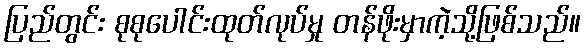
ပြည်တွင်း စုစုပေါင်းထုတ်လုပ်မှု တန်ဖိုးမှာကဲ့သို့ဖြစ်သည်။